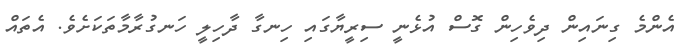
އެންމެ ގިނައިން ދިވެހިން ގޮސް އުޅެނީ ސިރީޔާގައި ހިނގާ ދާހިލީ ހަނގުރާމާތަކަށެވެ. އެތައް